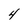
Character: 4